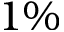
1 \%